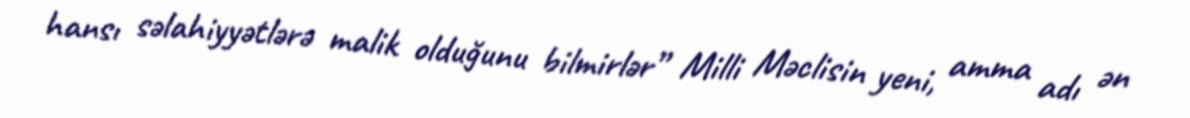
hansı səlahiyyətlərə malik olduğunu bilmirlər” Milli Məclisin yeni, amma adı ən